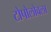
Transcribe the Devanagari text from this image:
टोपोलोवला